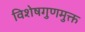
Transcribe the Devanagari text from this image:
विशेषगुणमुक्त